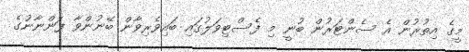
މީގެ އިތުރުން އެ ސެންޓަރުން ބުނީ މި ފެސްޓިވަލުގައި ބައިވެރިވާން ބޭނުންވާ ފަންނާނުގެ